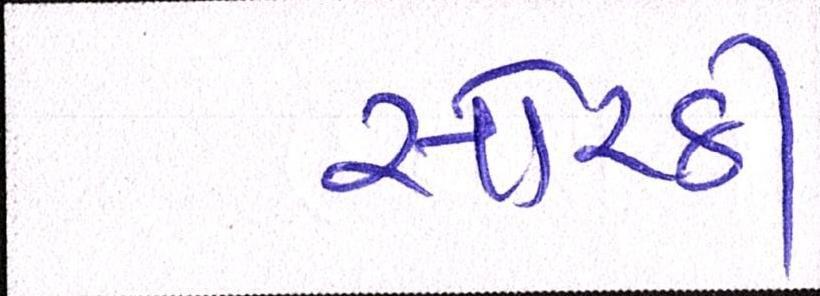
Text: સોરઠી